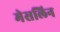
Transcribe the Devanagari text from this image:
मेसलिन